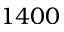
1 4 0 0